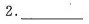
2.___